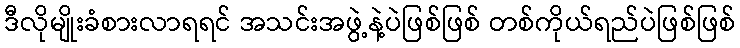
ဒီလိုမျိုးခံစားလာရရင် အသင်းအဖွဲ့နဲ့ပဲဖြစ်ဖြစ် တစ်ကိုယ်ရည်ပဲဖြစ်ဖြစ်